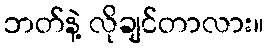
ဘတ်နဲ့ လိုချင်တာလား။